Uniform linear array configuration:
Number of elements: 24
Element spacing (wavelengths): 0.25
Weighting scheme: hamming
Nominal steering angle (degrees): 60
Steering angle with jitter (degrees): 58.315
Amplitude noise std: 0.05
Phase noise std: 0.05

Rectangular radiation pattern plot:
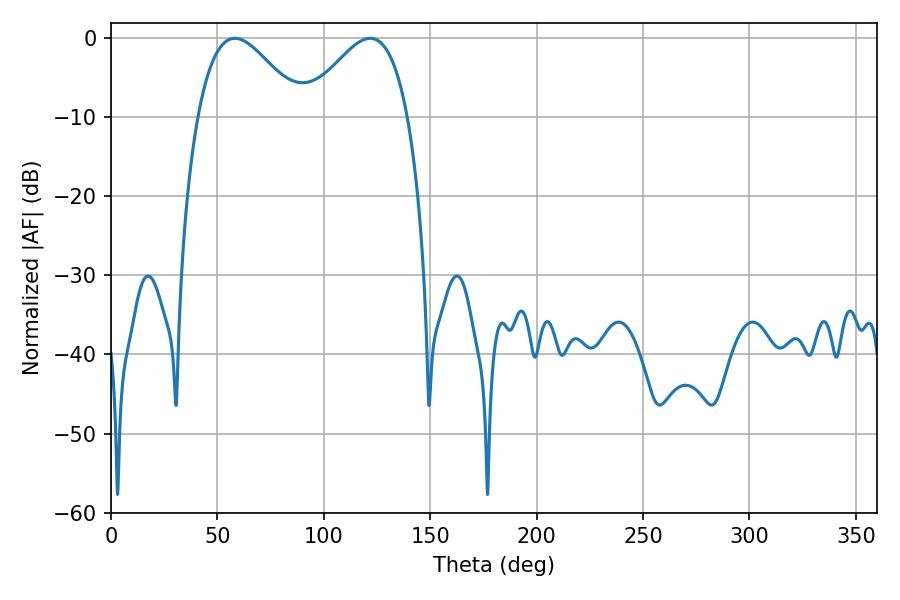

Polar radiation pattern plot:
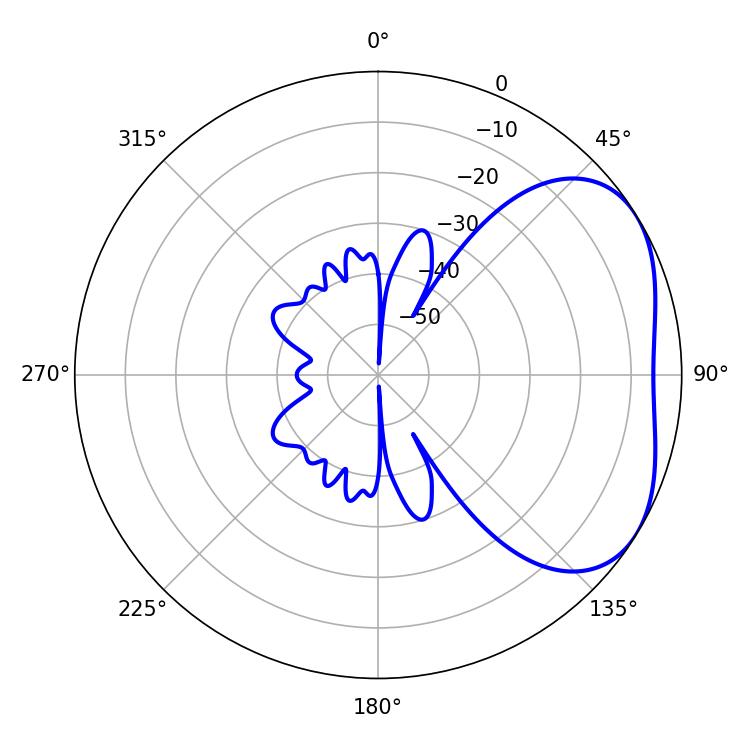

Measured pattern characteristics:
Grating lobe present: FALSE
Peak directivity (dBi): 3.589
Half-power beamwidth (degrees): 26.1
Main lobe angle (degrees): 58.14